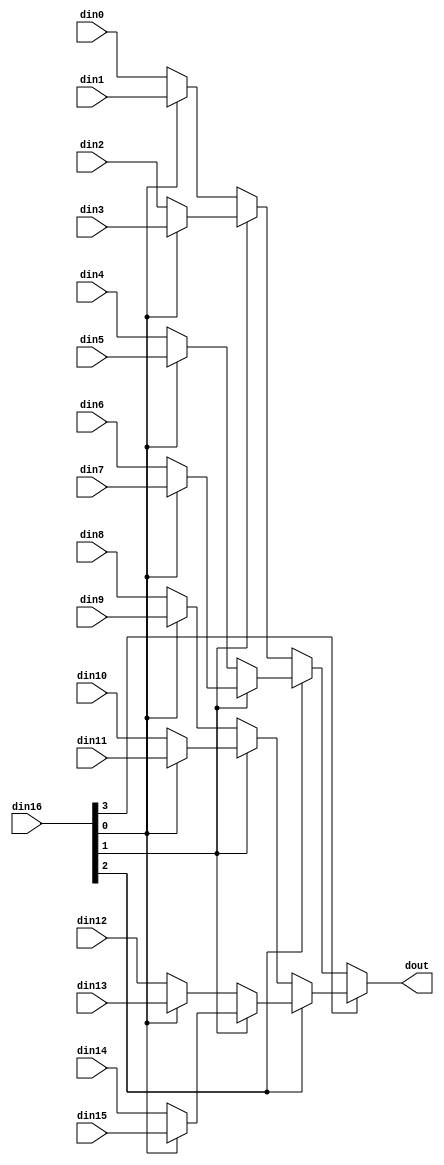
// This program was cloned from: https://github.com/zainryan/INSIDER-System
// License: MIT License

// ==============================================================
// File generated by Vivado(TM) HLS - High-Level Synthesis from C, C++ and SystemC
// Version: 2017.4.op
// Copyright (C) 1986-2018 Xilinx, Inc. All Rights Reserved.
// 
// ==============================================================


`timescale 1ns/1ps

module read_mode_dram_helper_app_mux_164_64_1_1 #(
parameter
    ID                = 0,
    NUM_STAGE         = 1,
    din0_WIDTH       = 32,
    din1_WIDTH       = 32,
    din2_WIDTH       = 32,
    din3_WIDTH       = 32,
    din4_WIDTH       = 32,
    din5_WIDTH       = 32,
    din6_WIDTH       = 32,
    din7_WIDTH       = 32,
    din8_WIDTH       = 32,
    din9_WIDTH       = 32,
    din10_WIDTH       = 32,
    din11_WIDTH       = 32,
    din12_WIDTH       = 32,
    din13_WIDTH       = 32,
    din14_WIDTH       = 32,
    din15_WIDTH       = 32,
    din16_WIDTH         = 32,
    dout_WIDTH            = 32
)(
    input  [63 : 0]     din0,
    input  [63 : 0]     din1,
    input  [63 : 0]     din2,
    input  [63 : 0]     din3,
    input  [63 : 0]     din4,
    input  [63 : 0]     din5,
    input  [63 : 0]     din6,
    input  [63 : 0]     din7,
    input  [63 : 0]     din8,
    input  [63 : 0]     din9,
    input  [63 : 0]     din10,
    input  [63 : 0]     din11,
    input  [63 : 0]     din12,
    input  [63 : 0]     din13,
    input  [63 : 0]     din14,
    input  [63 : 0]     din15,
    input  [3 : 0]    din16,
    output [63 : 0]   dout);

// puts internal signals
wire [3 : 0]     sel;
// level 1 signals
wire [63 : 0]         mux_1_0;
wire [63 : 0]         mux_1_1;
wire [63 : 0]         mux_1_2;
wire [63 : 0]         mux_1_3;
wire [63 : 0]         mux_1_4;
wire [63 : 0]         mux_1_5;
wire [63 : 0]         mux_1_6;
wire [63 : 0]         mux_1_7;
// level 2 signals
wire [63 : 0]         mux_2_0;
wire [63 : 0]         mux_2_1;
wire [63 : 0]         mux_2_2;
wire [63 : 0]         mux_2_3;
// level 3 signals
wire [63 : 0]         mux_3_0;
wire [63 : 0]         mux_3_1;
// level 4 signals
wire [63 : 0]         mux_4_0;

assign sel = din16;

// Generate level 1 logic
assign mux_1_0 = (sel[0] == 0)? din0 : din1;
assign mux_1_1 = (sel[0] == 0)? din2 : din3;
assign mux_1_2 = (sel[0] == 0)? din4 : din5;
assign mux_1_3 = (sel[0] == 0)? din6 : din7;
assign mux_1_4 = (sel[0] == 0)? din8 : din9;
assign mux_1_5 = (sel[0] == 0)? din10 : din11;
assign mux_1_6 = (sel[0] == 0)? din12 : din13;
assign mux_1_7 = (sel[0] == 0)? din14 : din15;

// Generate level 2 logic
assign mux_2_0 = (sel[1] == 0)? mux_1_0 : mux_1_1;
assign mux_2_1 = (sel[1] == 0)? mux_1_2 : mux_1_3;
assign mux_2_2 = (sel[1] == 0)? mux_1_4 : mux_1_5;
assign mux_2_3 = (sel[1] == 0)? mux_1_6 : mux_1_7;

// Generate level 3 logic
assign mux_3_0 = (sel[2] == 0)? mux_2_0 : mux_2_1;
assign mux_3_1 = (sel[2] == 0)? mux_2_2 : mux_2_3;

// Generate level 4 logic
assign mux_4_0 = (sel[3] == 0)? mux_3_0 : mux_3_1;

// output logic
assign dout = mux_4_0;

endmodule